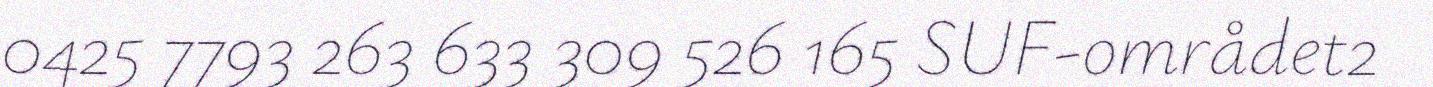
0425 7793 263 633 309 526 165 SUF-området2